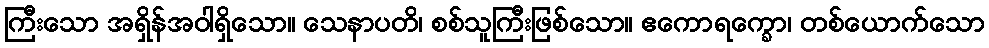
ကြီးသော အရှိန်အဝါရှိသော။ သေနာပတိ၊ စစ်သူကြီးဖြစ်သော။ ဧကောရက္ခော၊ တစ်ယောက်သော